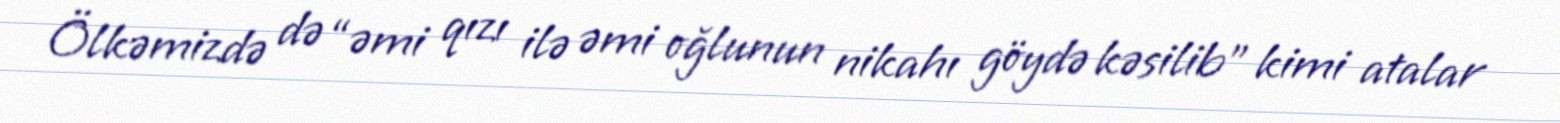
Ölkəmizdə də “əmi qızı ilə əmi oğlunun nikahı göydə kəsilib” kimi atalar